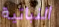
النباتية